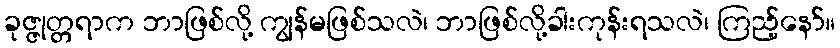
ခုဇ္ဇုတ္တရာက ဘာဖြစ်လို့ ကျွန်မဖြစ်သလဲ၊ ဘာဖြစ်လို့ခါးကုန်းရသလဲ၊ ကြည့်နော်။